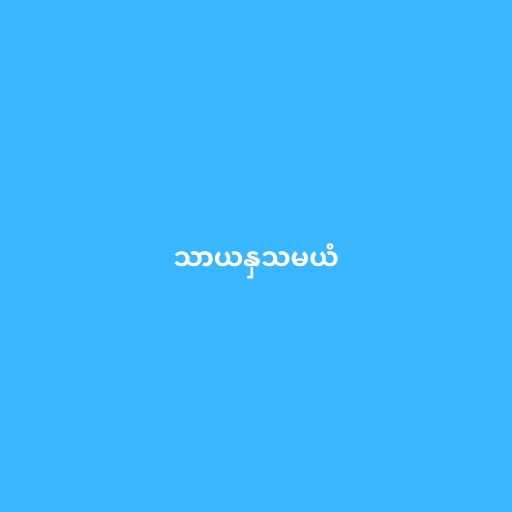
သာယနှသမယံ